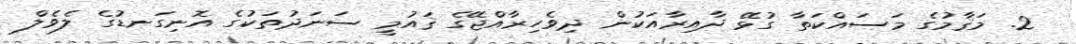
2. މަޤާމުގެ މަސައްކަތާ ގުޅޭ ދާއިރާއަކުން ދިވެހިރާއްޖޭގެ ޤައުމީ ސަނަދުތަކުގެ އޮނިގަނޑުގެ ލެވެލް